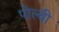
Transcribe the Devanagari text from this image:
पोल्बी